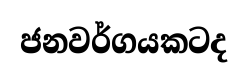
ජනවර්ගයකටද